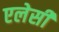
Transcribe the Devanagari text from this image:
एलेसी